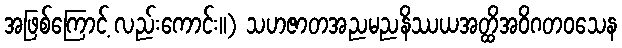
အဖြစ်ကြောင့် လည်းကောင်း။) သဟဇာတအညမညနိဿယအတ္ထိအဝိဂတဝသေန